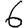
Digit: 6